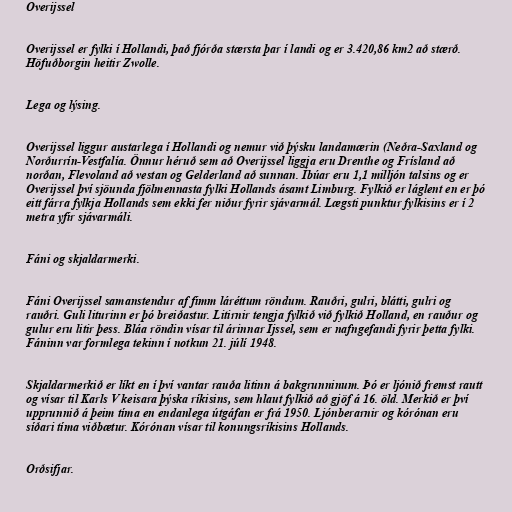
Overijssel

Overijssel er fylki í Hollandi, það fjórða stærsta þar í landi og er 3.420,86 km2 að stærð.
Höfuðborgin heitir Zwolle.

Lega og lýsing.

Overijssel liggur austarlega í Hollandi og nemur við þýsku landamærin (Neðra-Saxland og
Norðurrín-Vestfalía. Önnur héruð sem að Overijssel liggja eru Drenthe og Frísland að
norðan, Flevoland að vestan og Gelderland að sunnan. Íbúar eru 1,1 milljón talsins og er
Overijssel því sjöunda fjölmennasta fylki Hollands ásamt Limburg. Fylkið er láglent en er þó
eitt fárra fylkja Hollands sem ekki fer niður fyrir sjávarmál. Lægsti punktur fylkisins er í 2
metra yfir sjávarmáli.

Fáni og skjaldarmerki.

Fáni Overijssel samanstendur af fimm láréttum röndum. Rauðri, gulri, blátti, gulri og
rauðri. Guli liturinn er þó breiðastur. Litirnir tengja fylkið við fylkið Holland, en rauður og
gulur eru litir þess. Bláa röndin vísar til árinnar Ijssel, sem er nafngefandi fyrir þetta fylki.
Fáninn var formlega tekinn í notkun 21. júlí 1948.

Skjaldarmerkið er líkt en í því vantar rauða litinn á bakgrunninum. Þó er ljónið fremst rautt
og vísar til Karls V keisara þýska ríkisins, sem hlaut fylkið að gjöf á 16. öld. Merkið er því
upprunnið á þeim tíma en endanlega útgáfan er frá 1950. Ljónberarnir og kórónan eru
síðari tíma viðbætur. Kórónan vísar til konungsríkisins Hollands.

Orðsifjar.